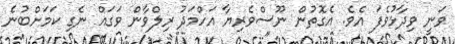
ވަނީ ވިދާޅުވެފަ އެވެ. އެގޮތުން ނޫސްވެރިޔާ އަހްމަދު ރިލްވާން ވަގައް ނެގި ކަމަށްބުނެ